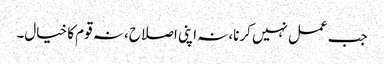
جب عمل نہیں کرنا،نہ اپنی اصلاح، نہ قوم کا خیال۔